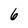
Character: 6